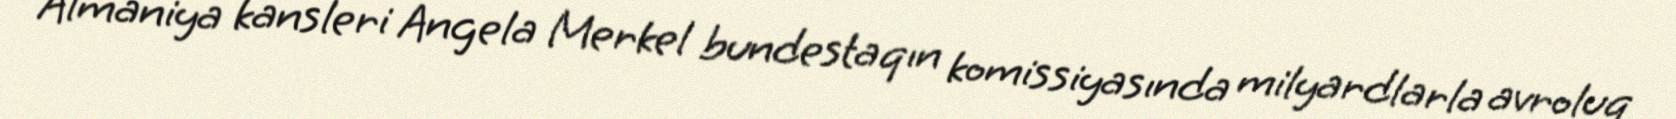
Almaniya kansleri Angela Merkel bundestaqın komissiyasında milyardlarla avroluq